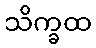
သိက္ခထ